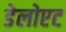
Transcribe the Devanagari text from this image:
डेलोएट